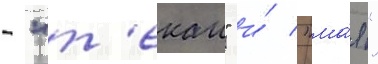
- "т'екаи" и́ "ма́я"